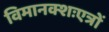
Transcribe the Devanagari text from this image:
विमानक्शःएत्रों